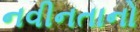
નવીનતાનો